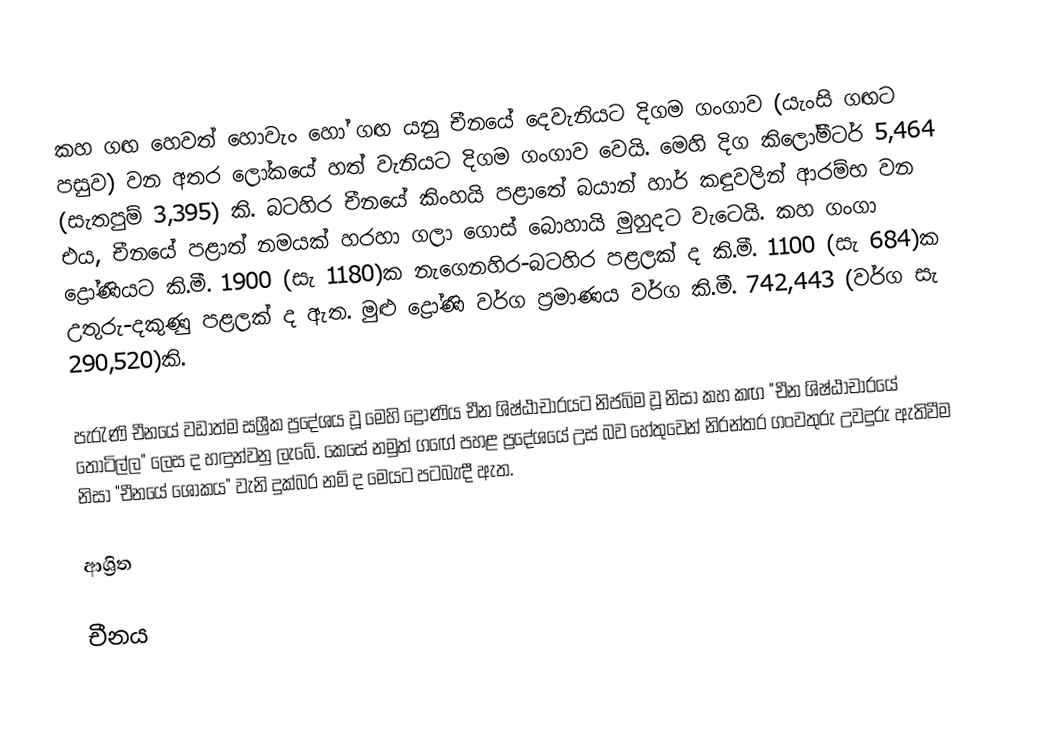
කහ ගඟ හෙවත් හොවැං හෝ ගඟ යනු චීනයේ දෙවැනියට දිගම ගංගාව (යැංසි ගඟට පසුව) වන අතර ලෝකයේ හත් වැනියට දිගම ගංගාව වෙයි. මෙහි දිග කිලෝමීටර් 5,464 (සැතපුම් 3,395) කි. බටහිර චීනයේ කිංහයි පළාතේ බයාන් හාර් කඳුවලින් ආරම්භ වන එය, චීනයේ පළාත් නමයක් හරහා ගලා ගොස් බොහායි මුහුදට වැටෙයි. කහ ගංගා ද්‍රෝණියට කි.මී. 1900 (සැ 1180)ක නැගෙනහිර-බටහිර පළලක් ද කි.මී. 1100 (සැ 684)ක උතුරු-දකුණු පළලක් ද ඇත. මුළු ද්‍රෝණි වර්ග ප්‍රමාණය වර්ග කි.මී. 742,443 (වර්ග සැ 290,520)කි.

පැරැණි චීනයේ වඩාත්ම සශ්‍රීක ප්‍රදේශය වූ මෙහි ද්‍රෝණිය  චීන ශිෂ්ඨාචාරයට නිජබිම වූ නිසා කහ කඟ "චීන ශිෂ්ඨාචාරයේ තොටිල්ල" ලෙස ද හඳුන්වනු ලැබේ. කෙසේ නමුත් ගඟේ පහළ ප්‍රදේශයේ උස් බව හේතුවෙන් නිරන්තර ගංවතුරු උවදුරු ඇතිවීම නිසා "චීනයේ ශෝකය" වැනි දුක්බර නම් ද මෙයට පටබැඳී ඇත.

ආශ්‍රිත

චීනය